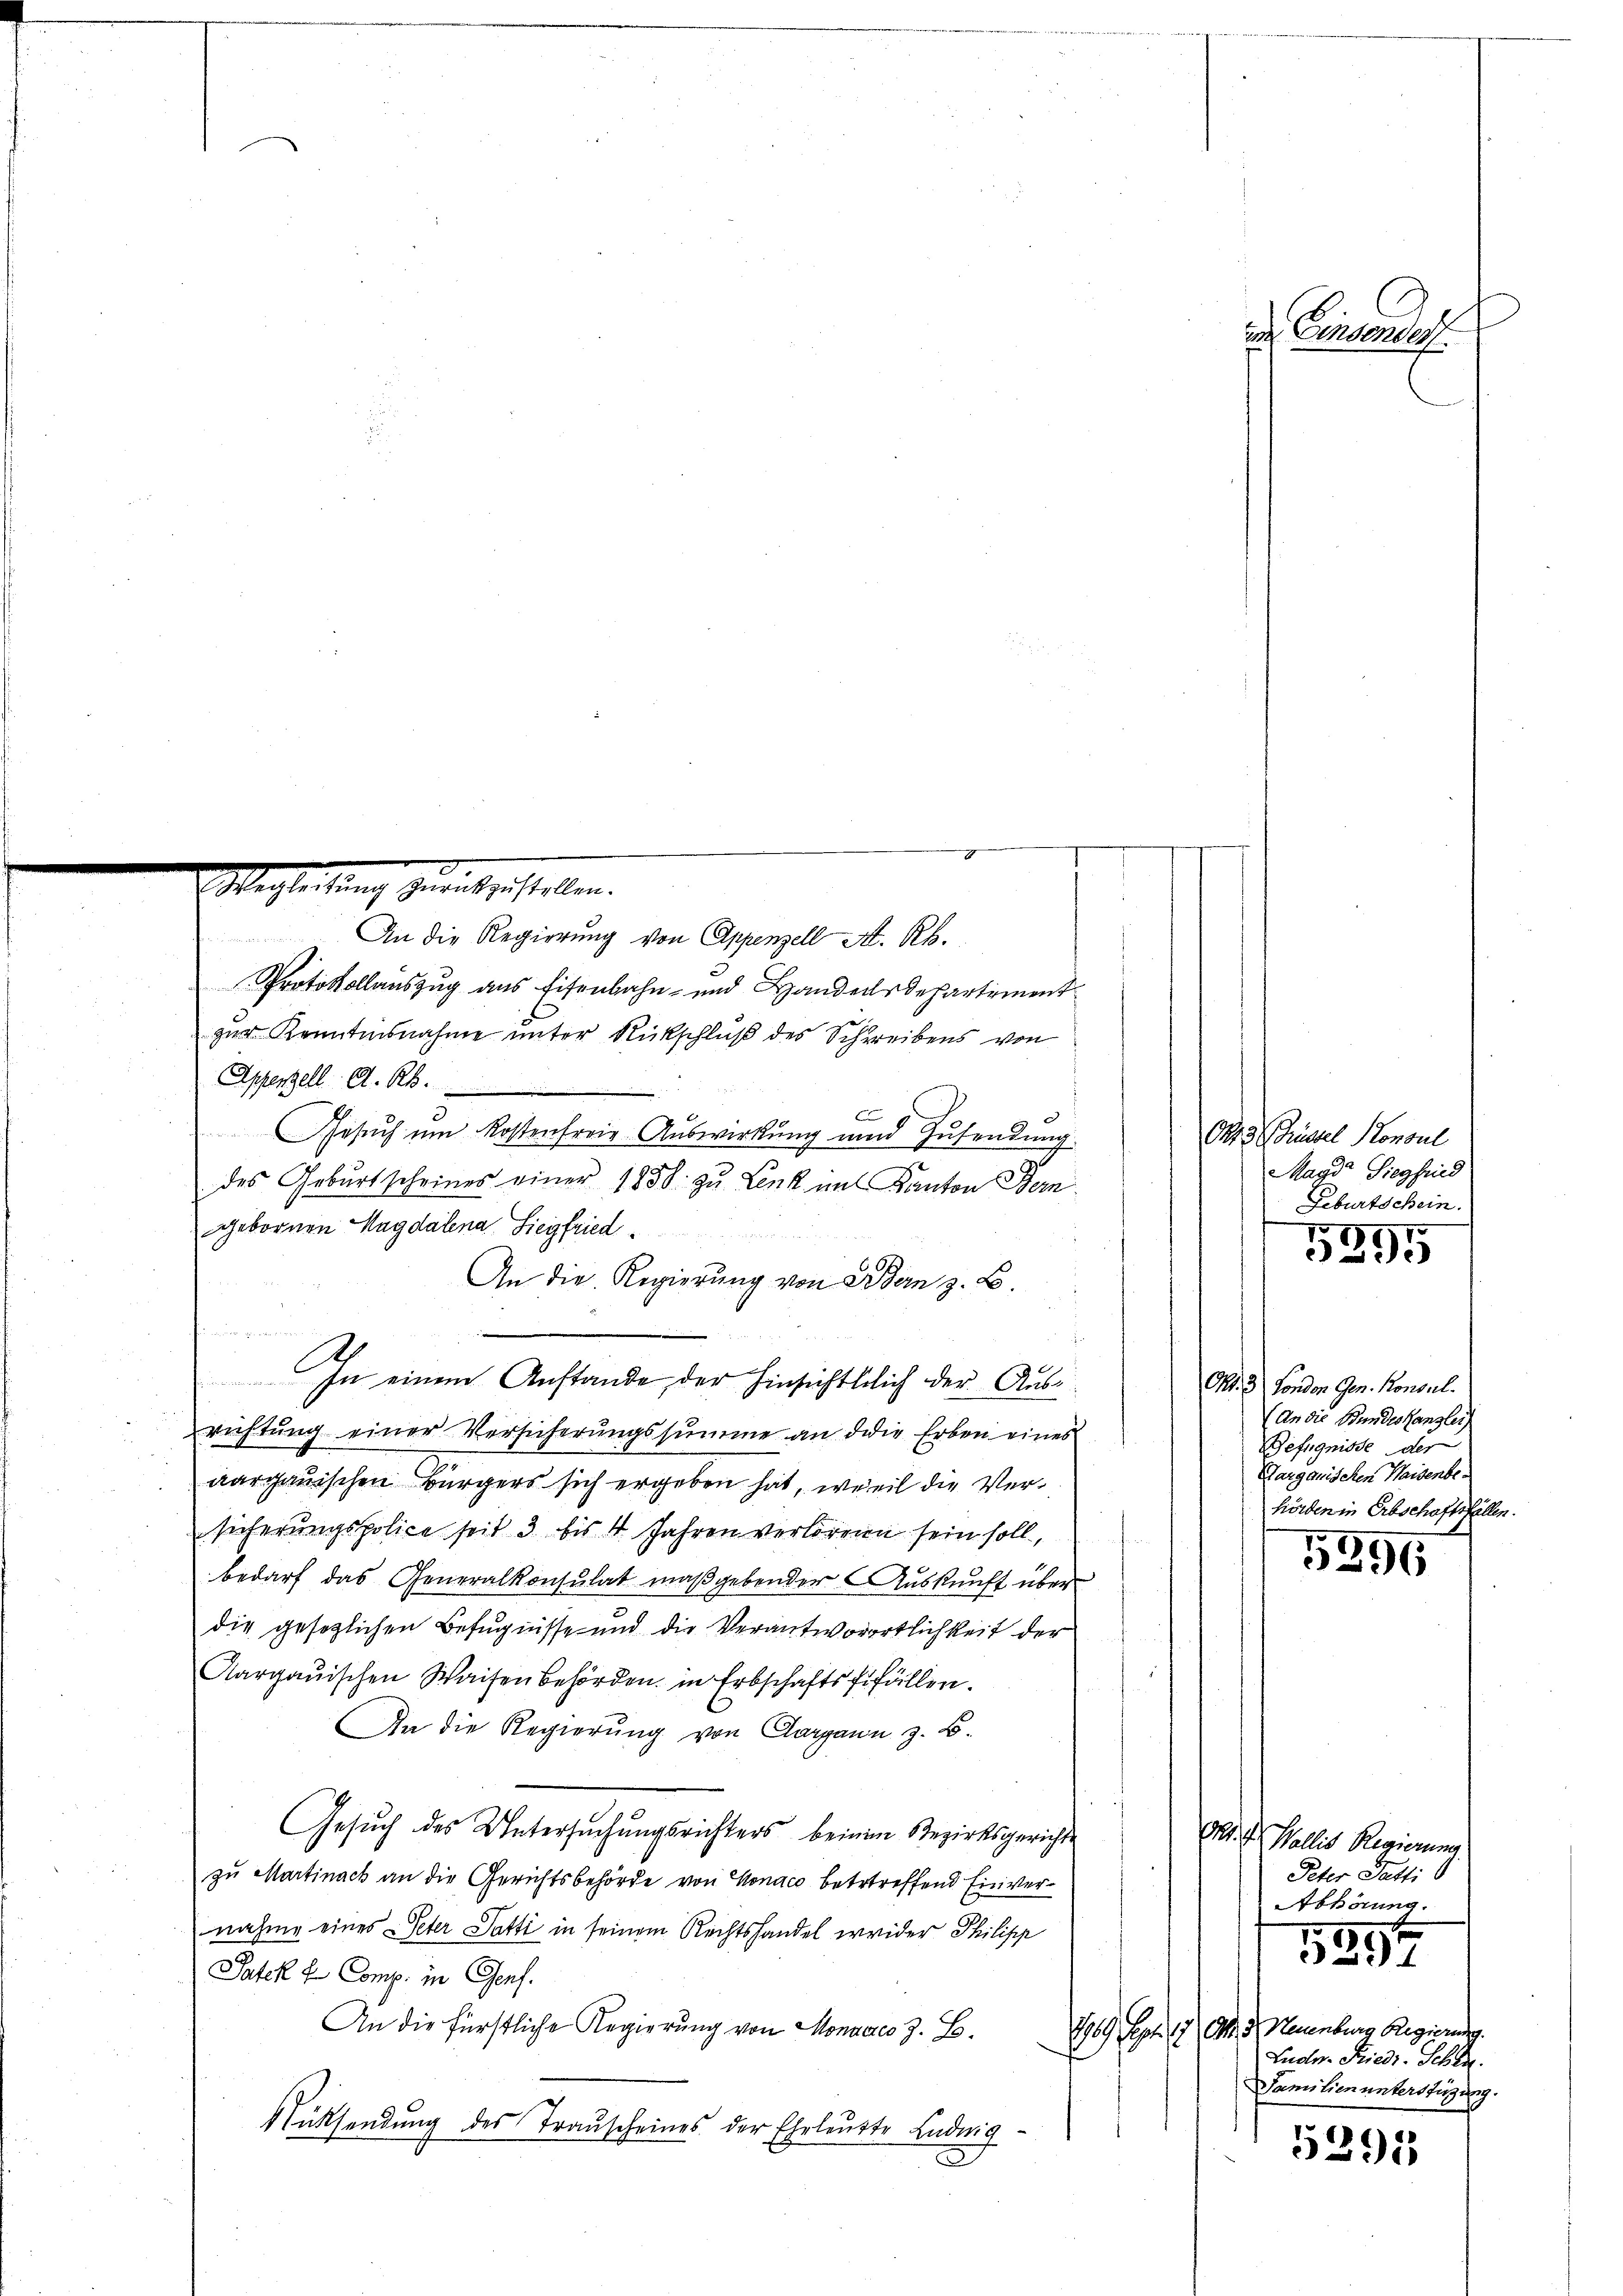
An die Regierung von Appenzell A. R.
Protokollauszug aus Eisenbahn- und Handelsdepartement
zur Kenntnisnahme unter Rückschluß des Schreibens von
Appenzell A. R.
c
Gesuch um Kostenfreie Auswirkung und Zusendung.
des Gebŭrtscheines einer 1858 zu Lenk im Kanton Bern.
gebornen Magdalena Siegfried
An die Regierung von Bern z. B
e
¬
In einem Anstande, der Hinsichtlich der Ausrichtung einer Versicherungssumme an die Erben eines
aargauischen Bürgers sich ergeben hat, weil die Versicherungspolice seit 3 bis 4 Jahren verlorene sein soll,
bedarf das Generalkonsulat maßgebender Auskunft über
die gesetzlichen Befugnisse und die Verantwortlichkeit der
Aargauischen Waisenbehörden, in Erbschaftsfifällen.
An die Regierŭng von Aargaun z. B.
Gesuch des Untersuchungsrichters beinem Bezirksgerichte
zu Martinach an die Gerichtsbehörde von Honaco betrtreffend Einvernahme eines Peter Satti in seinem Rechtshandel weider Philipp
Pater L. Comp. in Genf.
An die Fürstliche Regierung von Monates z. B.
Rücksendung des Trauscheines der Ehrleute Ludwig
D

.
.
Wegleitung zurückzustellen.

u

7

m Einsender

OR 3 Grüssel Konsul
Magd Siegfriind
Geburtschein.

5894

Art. 3) Fonden Gen. Konsul
(An die Bundeskanzlei
Befugnisse der
Aarganischen Waisenbehörden in Erbschaftsfällen.

5396

Gr. v. Wallis Regierung
Peter Gatti
Abhörung.
50

24
169 Art. 17 Al. 3, Neuenburg Regierung.
Lude. Friedi-Schla
Familien unterstüzung.

5291